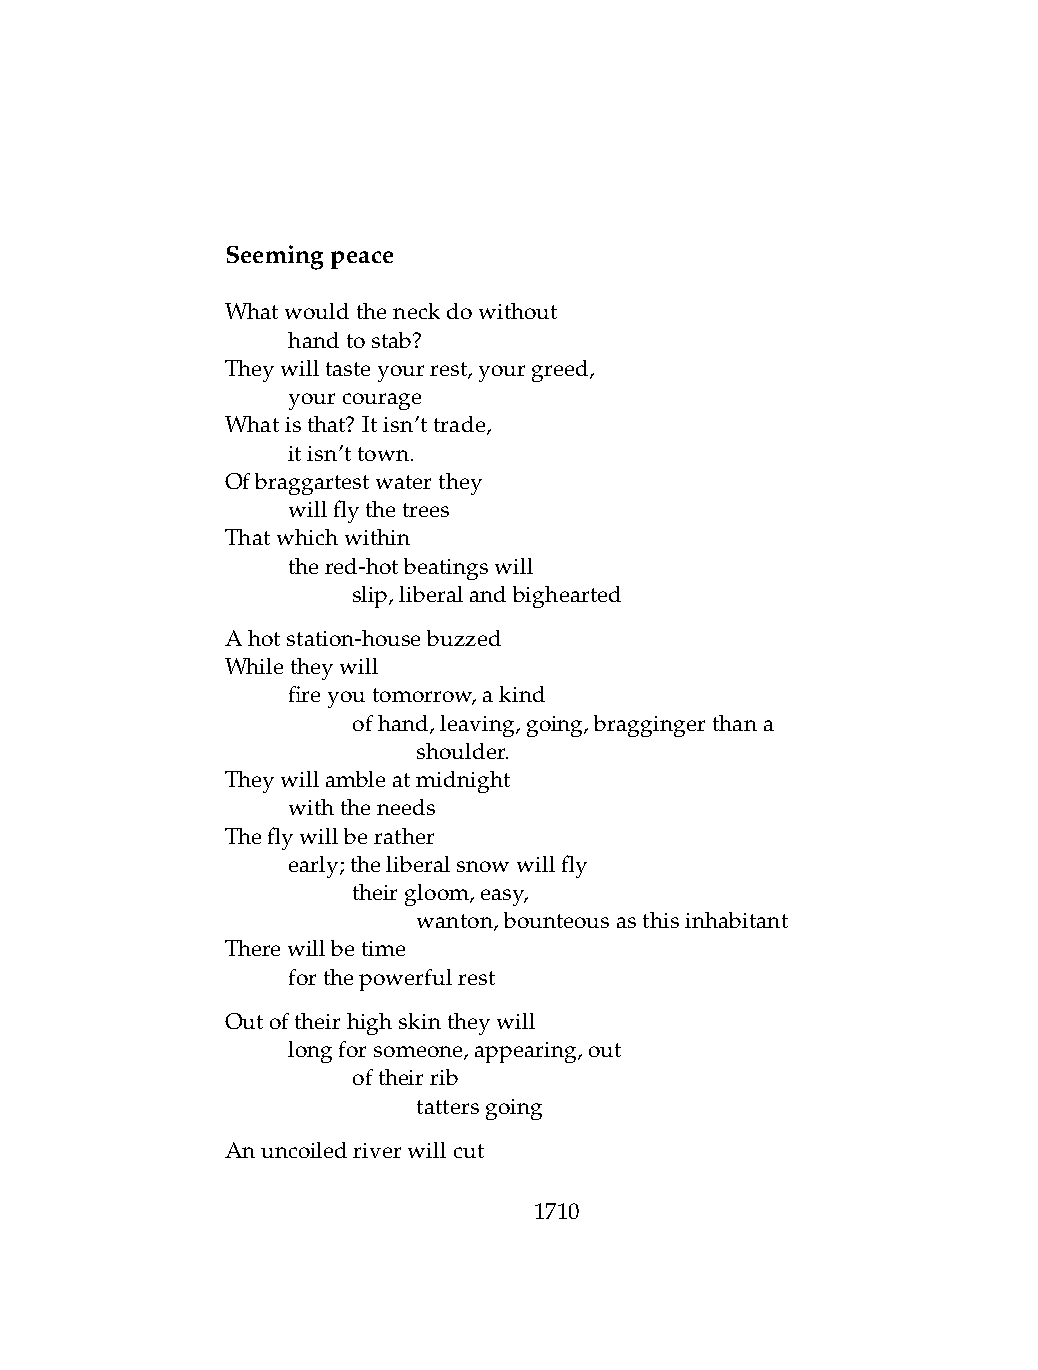
Seemingpeace
 Whatwouldtheneckdowithout
 .   handtostab?
 Theywilltasteyourrest,yourgreed,
 .   yourcourage
 Whatisthat? Itisn’ttrade,
 .   itisn’ttown.
 Ofbraggartestwaterthey
 .   willflythetrees
 Thatwhichwithin
 .   thered-hotbeatingswill
 .   .   slip,liberalandbighearted
 Ahotstation-housebuzzed
 Whiletheywill
 .   fireyoutomorrow,akind
 .   .   ofhand,leaving,going,braggingerthana
 .   .   .    shoulder.
 Theywillambleatmidnight
 .   withtheneeds
 Theflywillberather
 .   early;theliberalsnowwillfly
 .   .   theirgloom,easy,
 .   .   .    wanton,bounteousasthisinhabitant
 Therewillbetime
 .   forthepowerfulrest
 Outoftheirhighskintheywill
 .   longforsomeone,appearing,out
 .   .   oftheirrib
 .   .   .    tattersgoing
 Anuncoiledriverwillcut
 1710